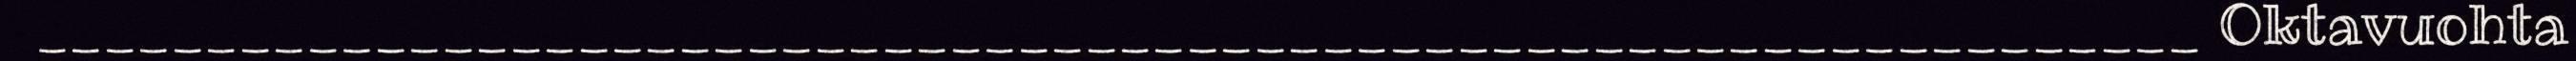
________________________________________________________________ Oktavuohta